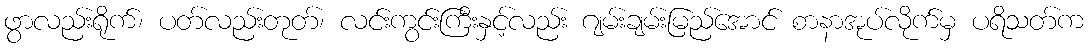
ဖွာလည်းရိုက်၊ ပတ်လည်းတုတ်၊ လင်းကွင်းကြီးနှင့်လည်း ဂျမ်းချမ်းမြည်အောင် စာနာအုပ်လိုက်မှ ပရိသတ်က